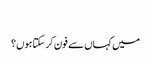
‬
‫میں کہاں سے فون کر سکتا ہوں؟